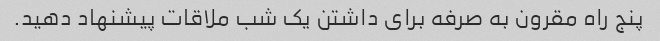
پنج راه مقرون به صرفه برای داشتن یک شب ملاقات پیشنهاد دهید.